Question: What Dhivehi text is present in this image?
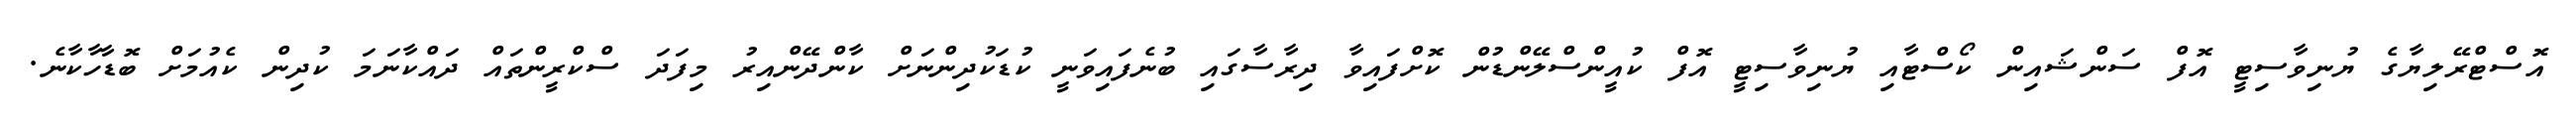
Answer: އޮސްޓްރޭލިޔާގެ ޔުނިވާސިޓީ އޮފް ސަންޝައިން ކޯސްޓާއި ޔުނިވާސިޓީ އޮފް ކުއީންސްލޭންޑުން ކޮށްފައިވާ ދިރާސާގައި ބުނެފައިވަނީ ކުޑަކުދިންނަށް ކާންދޭންއިރު މިފަދަ ސްކްރީންތައް ދައްކާނަމަ ކުދިން ކެއުމަށް ބޮޑާހާކާނެ.